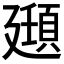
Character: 𫸔